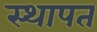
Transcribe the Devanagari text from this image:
स्थापत